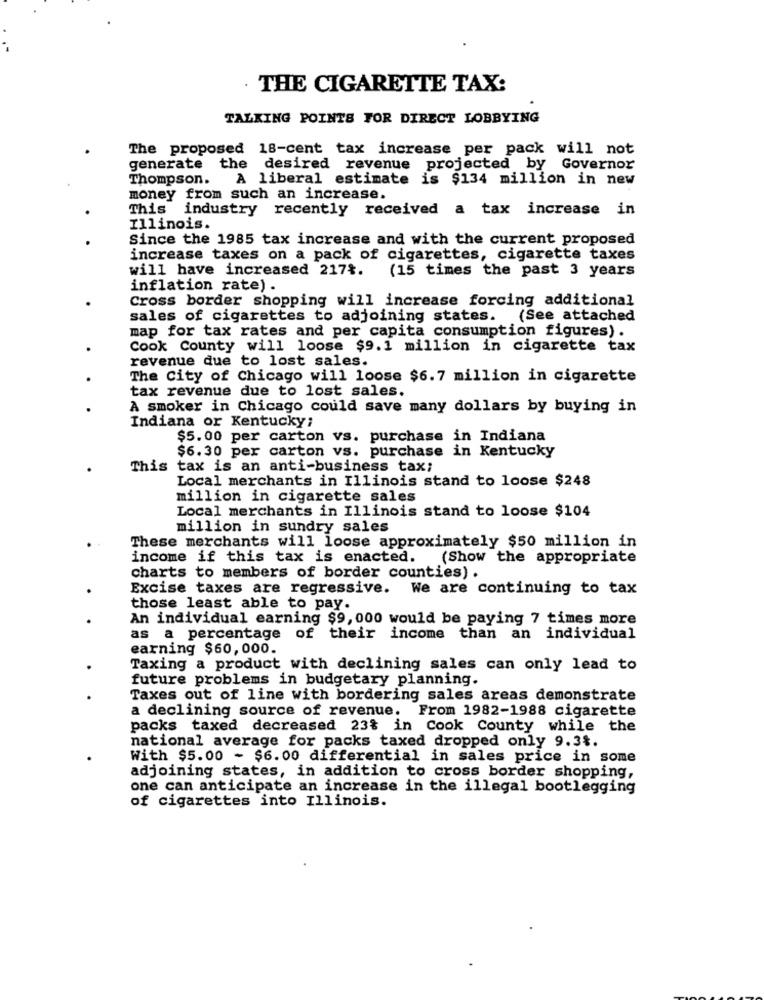
. THE CIGARETTE TAX:
TALKING POINTS FOR DIRECT LOBBYING
The proposed 18-cent tax increase per pack will not
generate
the desired revenue projected by Governor
Thompson.
A liberal estimate is $134 million in new
money from such an increase.
This industry recently received a tax increase in
Illinois.
Since the 1985 tax increase and with the current proposed
increase taxes on a pack of cigarettes, cigarette taxes
will have increased 217%.
(15 times the past 3 years
inflation rate) .
Cross border shopping will increase forcing additional
sales of cigarettes to adjoining states. (See attached
map for tax rates and per capita consumption figures).
Cook County will loose $9.1 million in cigarette tax
revenue due to lost sales.
The City of Chicago will loose $6.7 million in cigarette
tax revenue due to lost sales.
A smoker in Chicago could save many dollars by buying in
Indiana or Kentucky;
$5.00 per carton vs. purchase in Indiana
$6.30 per carton vs. purchase in Kentucky
This tax is an anti-business tax;
Local merchants in Illinois stand to loose $248
million in cigarette sales
Local merchants in Illinois stand to loose $104
million in sundry sales
These merchants will loose approximately $50 million in
income if this tax is enacted. (Show the appropriate
charts to members of border counties) .
Excise taxes are regressive. We are continuing to tax
those least able to pay.
An individual earning $9,000 would be paying 7 times more
as a percentage of their income than an individual
earning $60,000.
Taxing a product with declining sales can only lead to
future problems in budgetary planning.
Taxes out of line with bordering sales areas demonstrate
a declining source of revenue. From 1982-1988 cigarette
packs taxed decreased 23% in Cook County while the
national average for packs taxed dropped only 9.3%.
With $5.00 - $6.00 differential in sales price in some
adjoining states, in addition to cross border shopping,
one can anticipate an increase in the illegal bootlegging
of cigarettes into Illinois.